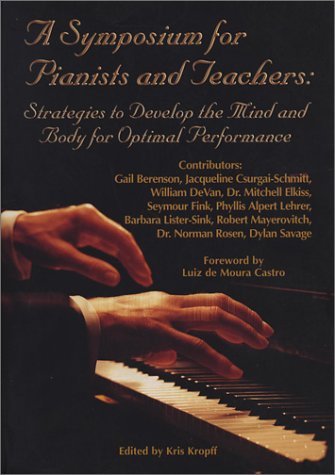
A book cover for A Symposium for Pianists and Teachers: Strategies to Develop the Mind and Body for Optimal Performance; Gail Berenson; Health, Fitness & Dieting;